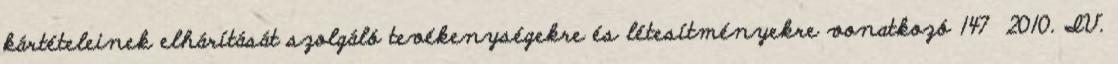
kártételeinek elhárítását szolgáló tevékenységekre és létesítményekre vonatkozó 147 2010. IV.